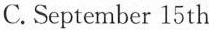
C. September 15th